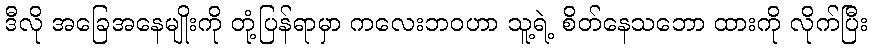
ဒီလို အခြေအနေမျိုးကို တုံ့ပြန်ရာမှာ ကလေးဘဝဟာ သူ့ရဲ့ စိတ်နေသဘော ထားကို လိုက်ပြီး